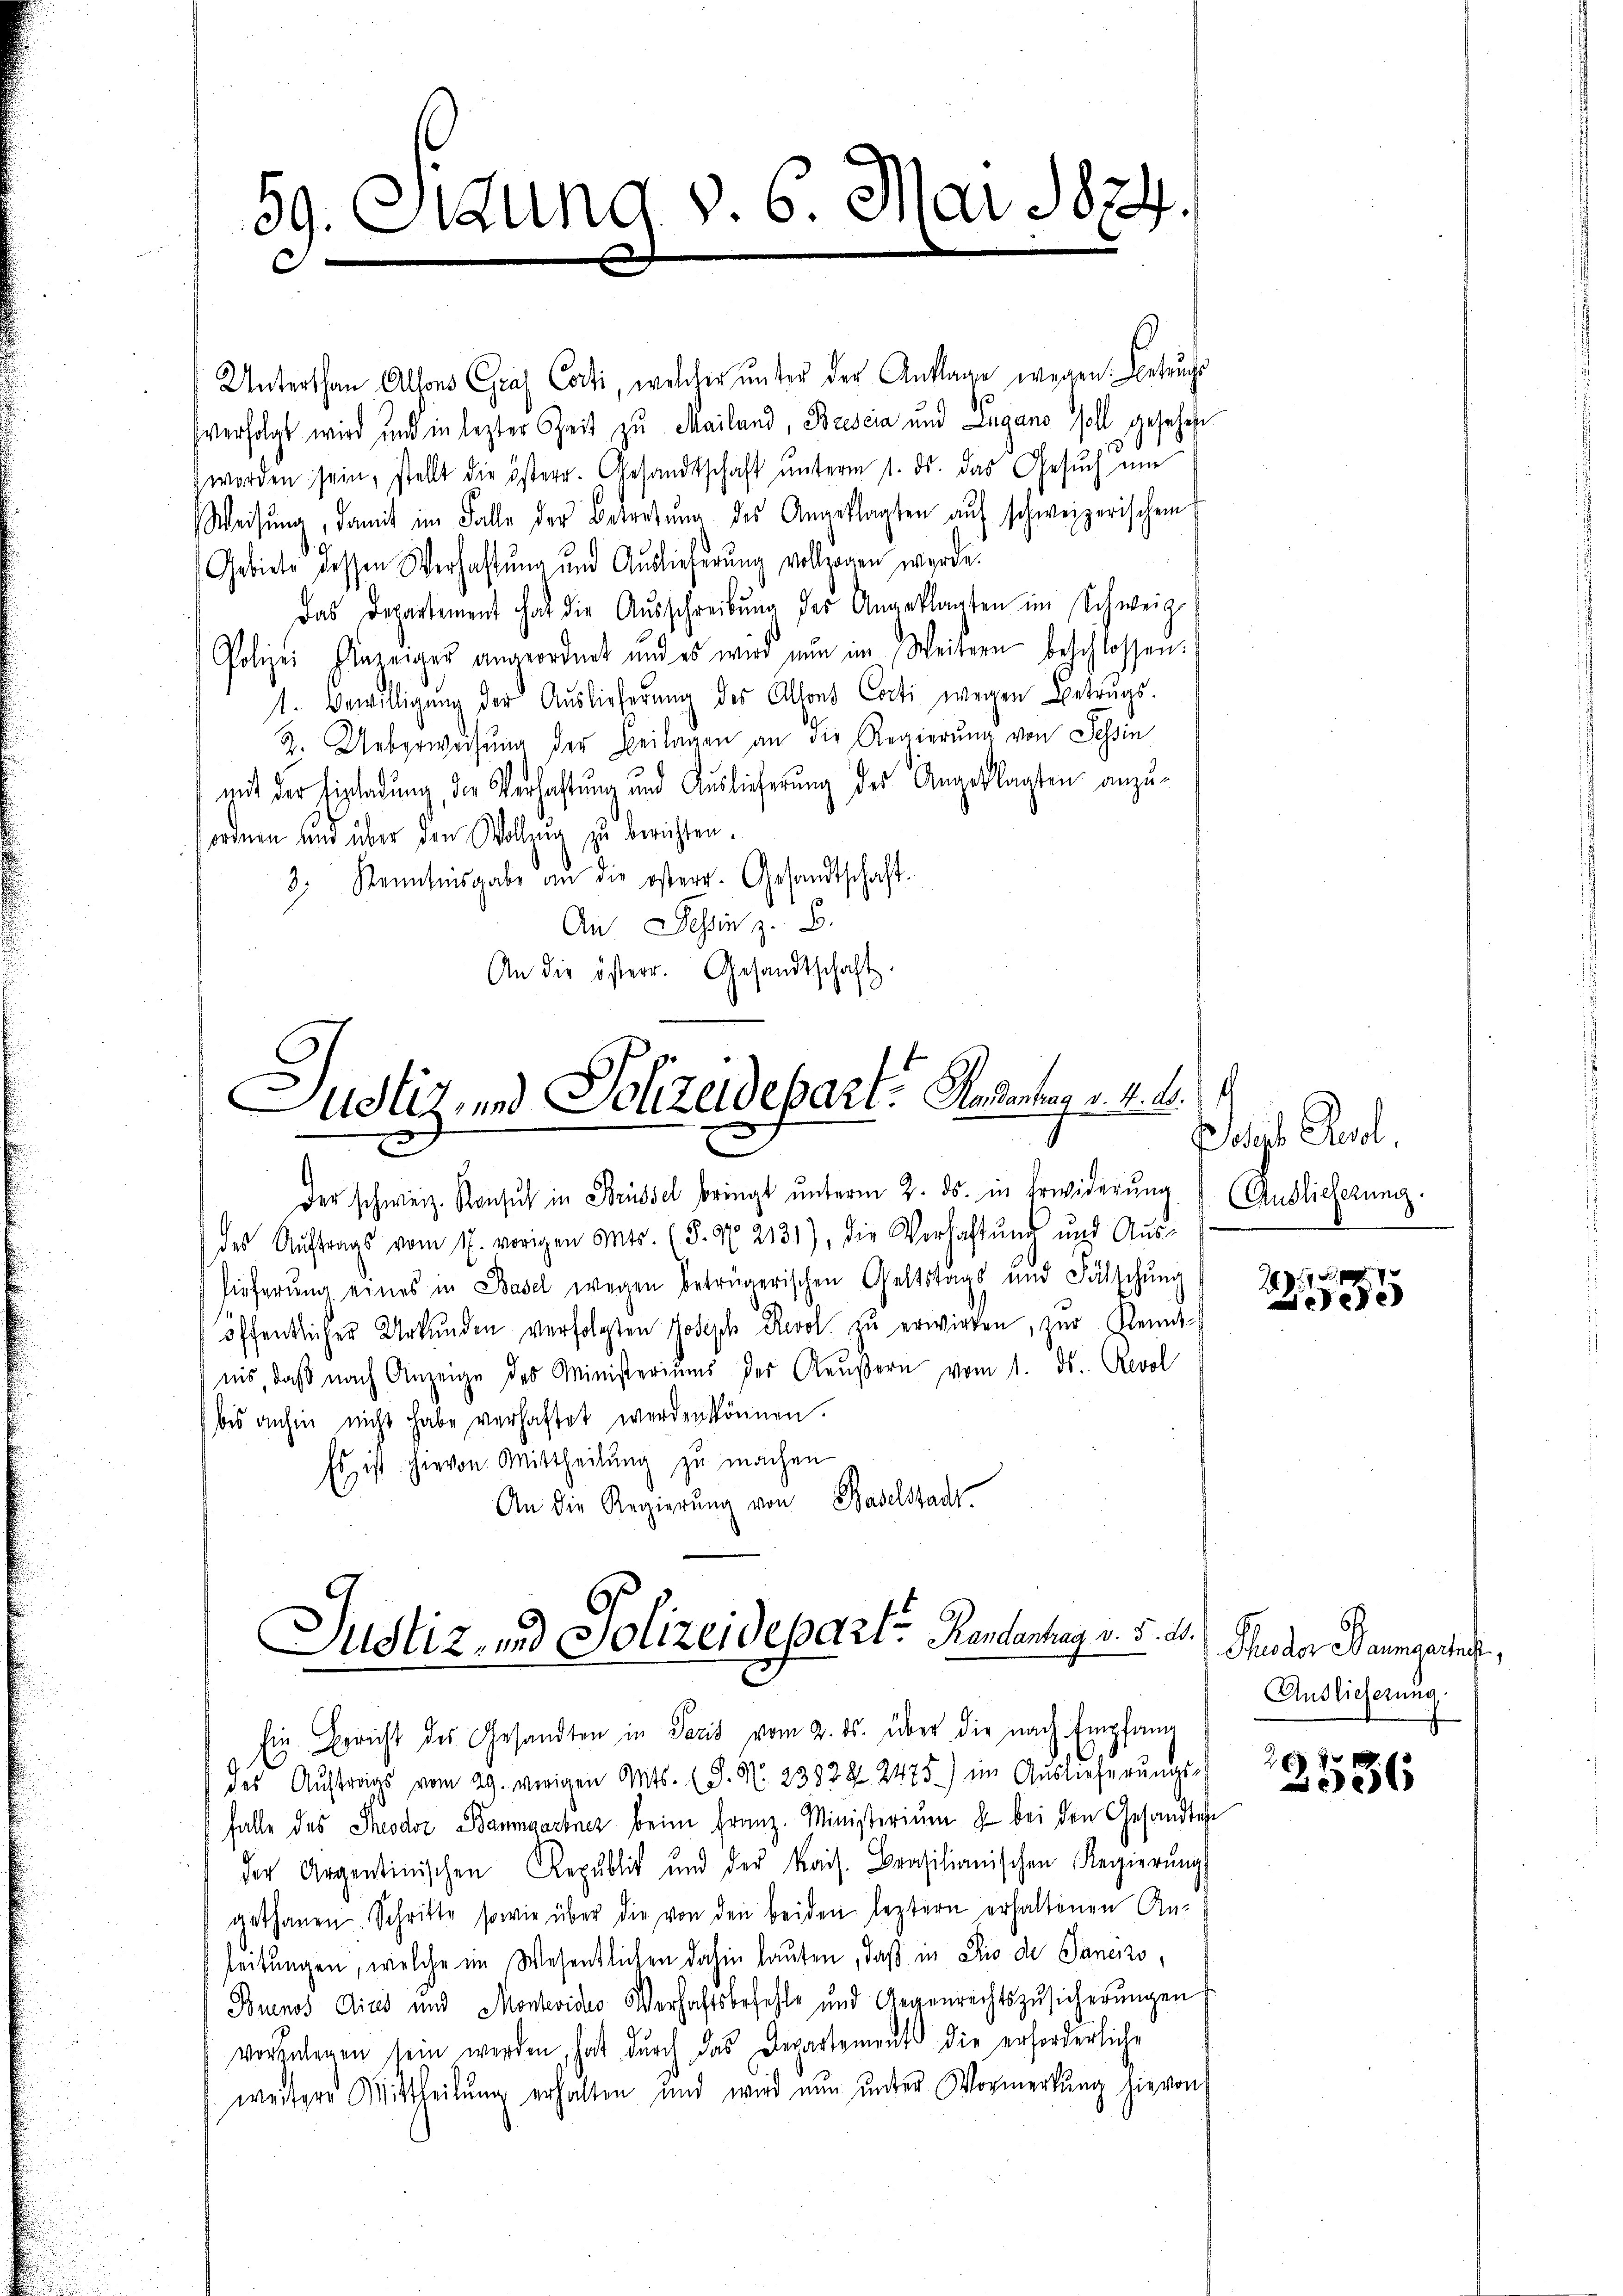
59. Ottung d. 6. Mai 1874.

Unterthan Allons Graf Cocti, welcher ŭnter der Anklage wegen Betrug
verfolgt wird und in lezter Zeit zu Mailand, Brescia und Lugano soll gesehene
worden sein, stellt die österr. Gesandtschaft ŭnterm 1. ds. das Gesŭch eine
Weisŭng, damit im Falle der Betretŭng des Angeklagten aŭf schweizerischem
Gebiete dessen Verhaftung und Auslieferung vollzogen werde.
Das Departement hat die Aŭsschreibŭng des Angeklagten im Schweiz.
Polizei Anzeiger angeordnet und es wird nun an Weitern beschlossen:
1. Bewilligŭng der Auslieferung des Alfons Corti wegen Betrags-
Z. Ueberwegung der Beilagen an die Regierung von Schin
mit der Einladung der Verhaftung und Auslieferung des Angeklagten anzuordnen und über den Wollzug zu berichten.
3. Kenntnisgabe an die österr. Gesandtschaft.
An Tessin z. B.
An die österr. Gesandtschaft.

ustiz, und Polizeidepart. Andeutung v. 4. A.

Der schweiz. Konsuch in Brüssel bringt unterm 2. ds. in Erwiderung
des Auftrags vom 17. vorigen Mts. (§. N. 2131), die Verhaltŭng und Aŭs-
lieferung eines in Basel wegen betrügerischen Geltstags und Fälschung
öffentlicher Urkunden verfolgten Joseph Revol zŭ erwirken, zur Kenntiis daß nach Anzeige des Ministeriums des Aeußern vom 11. ds. Revol
bis anhin nicht habe verhaftet werden können.
Es ist hievon Mittheilung zu machen
An die Regierŭng von Baselstadt.

Justiz, und Polizeidepart Rentenhang v. 5. d.

Ein Bericht des Gesandten in Paris vom 2. ds. über die nach Empfang

des Aŭftrags vom 29. vorigen Mts. (S. N. 2382 § 2475) im Auslieferŭngs-
Falle des Theodor Baumgartner beim Franz-Ministerium  bei den Gesandte
der Argentinischen Republik und der kais. Brasilianischen Regierŭng
gethanen Schritte sowie über die von den beiden leztern erhaltenen Anleitungen, welche im Wesentlichen dahin lauten, daß in Dio de Sanerzo¬
Buenos dies und Montevidus Verhaftsbefehle und Gegenrechtszusicherungen
vorzulegen sein werden, hat dŭrch das Departements die erforderliche
weitere Mittheilŭng erhalten und wird nŭn ŭnter Vormerkŭng hie von

Joseph Resol
Auslieferung.

177
ede

Puder Baumgartet,
Auslieferung
f

2536